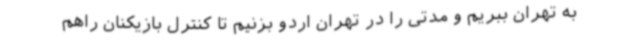
به تهران ببریم و مدتی را در تهران اردو بزنیم تا کنترل بازیکنان راهم